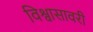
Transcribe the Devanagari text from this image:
विश्वासावरी